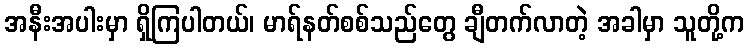
အနီးအပါးမှာ ရှိကြပါတယ်၊ မာရ်နတ်စစ်သည်တွေ ချီတက်လာတဲ့ အခါမှာ သူတို့က